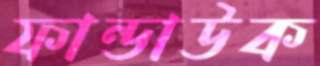
ফান্ডাউক